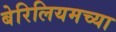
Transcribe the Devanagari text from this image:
बेरिलियमच्या